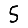
Digit: 5